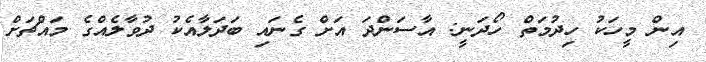
އިން މީހަކު ހިދުމަތް ހޯދަނީ: އާސަންދަ އަށް ގެނައި ބަދަލާއެކު ދުވާލެއްގެ މައްޗަށް